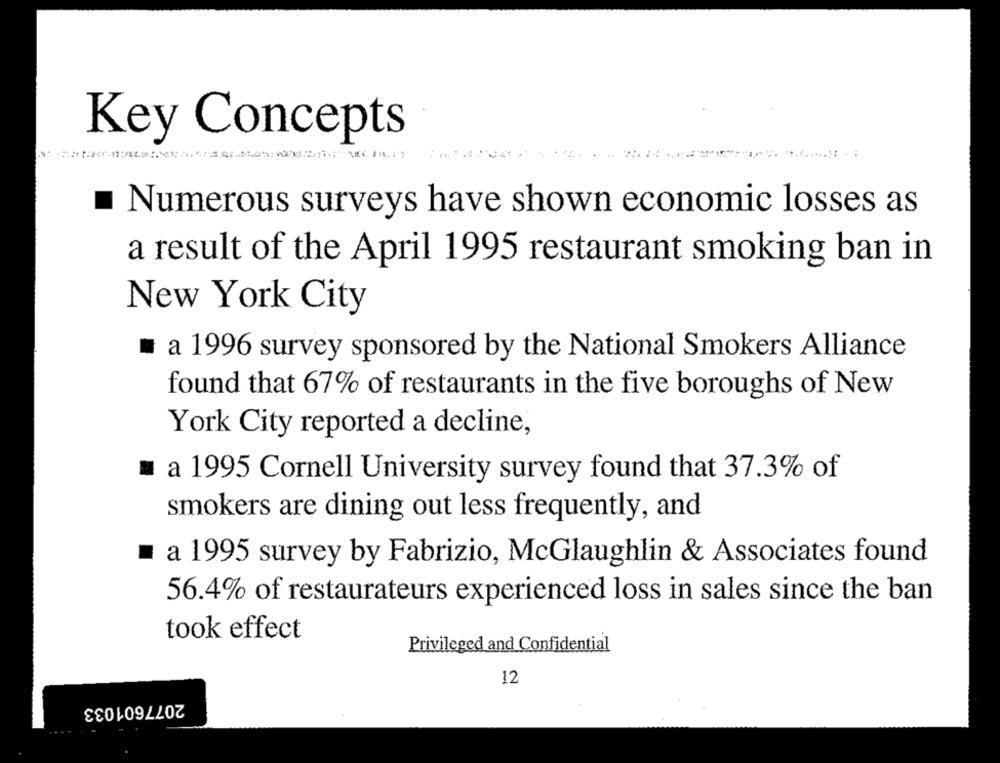
Key Concepts
Numerous surveys have shown economic losses as
a result of the April 1995 restaurant smoking ban in
New York City
a 1996 survey sponsored by the National Smokers Alliance
found that 67% of restaurants in the five boroughs of New
York City reported a decline,
a 1995 Cornell University survey found that 37.3% of
smokers are dining out less frequently, and
a 1995 survey by Fabrizio, McGlaughlin & Associates found
56.4% of restaurateurs experienced loss in sales since the ban
took effect
Privileged and Confidential
12
2077601033